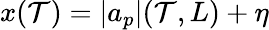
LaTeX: x(\mathcal{T})=|a_{p}|(\mathcal{T},L)+\eta